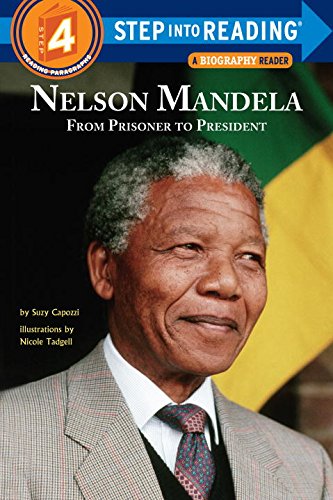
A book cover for Nelson Mandela: From Prisoner to President (Step into Reading); Suzy Capozzi; Children's Books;